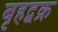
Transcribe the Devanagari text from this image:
बृहद्वक्र